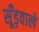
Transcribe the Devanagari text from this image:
सूँड़वाले